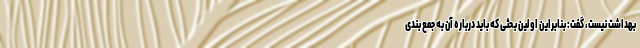
بهداشت نیست، گفت: بنابراین اولین بحثی که باید درباره آن به جمع بندی